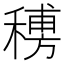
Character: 𥡨